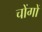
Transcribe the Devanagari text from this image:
चोंगों